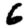
Digit: 6